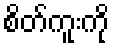
စိတ်ကူးကို